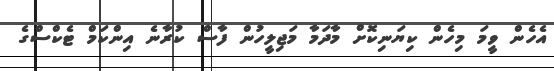
އެހެން ވީމަ މިހެން ކިޔަނިކޮށް މާދަމާ މަޖިލީހުން ފާސް ކުރާނެ އިންކަމް ޓެކްސްގެ